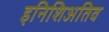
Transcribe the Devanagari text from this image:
इनिशिअतिव